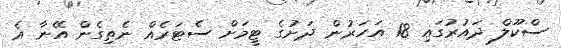
ސްކޫލް ދައުރުގައި 18 އަހަރުން ދަށުގެ ޓީމަށް ސެޓަރެއް ނެތިގެން އޭނާ އެ